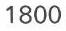
1800